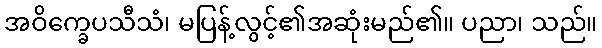
အဝိက္ခေပသီသံ၊ မပြန့်လွင့်၏အဆုံးမည်၏။ ပညာ၊ သည်။